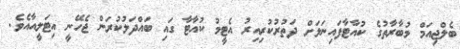
ބެލްޖިއަމް މުބާރާތުގެ ކުއާޓާފައިނަލަށް ދަތުރުކުރިއިރު އެޓީމު ކުއާޓާ ގައި ބައްދަލުކުރަން ޖެހޭނީ އިޓަލީއާއެވެ.